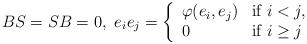
LaTeX: \begin{align*} BS=SB=0,\ e_ie_j=\left\{ \begin{array}{ll} \varphi(e_i,e_j)&\textrm{if }i<j,\\ 0 &\textrm{if }i\geq j \end{array} \right. \end{align*}